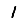
Digit: 1